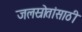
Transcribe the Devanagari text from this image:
जलस्रोतांसाठी